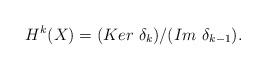
LaTeX: \begin{align*} H^k(X) = (Ker\ \delta_k)/(Im \ \delta_{k-1}). \end{align*}